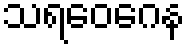
သရဝေဂေန